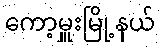
ကော့မှူးမြို့နယ်